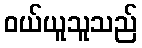
ဝယ်ယူသူသည်